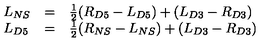
\begin{array} { l l l } { L _ { N S } } & { = } & { \frac { 1 } { 2 } ( R _ { D 5 } - L _ { D 5 } ) + ( L _ { D 3 } - R _ { D 3 } ) } \\ { L _ { D 5 } } & { = } & { \frac { 1 } { 2 } ( R _ { N S } - L _ { N S } ) + ( L _ { D 3 } - R _ { D 3 } ) } \\ \end{array}